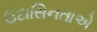
ઉદાસિનતાએ